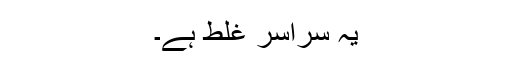
یہ سراسر غلط ہے۔